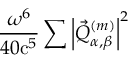
\frac { \omega ^ { 6 } } { 4 0 \mathrm { c } ^ { 5 } } \sum \left| \vec { Q } _ { \alpha , \beta } ^ { ( m ) } \right| ^ { 2 }